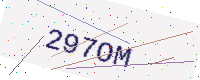
Text: 297OM